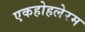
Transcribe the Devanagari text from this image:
एकहोहलेरम